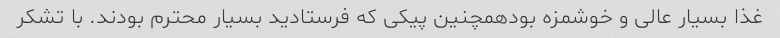
غذا بسیار عالی و خوشمزه بودهمچنین پیکی که فرستادید بسیار محترم بودند. با تشکر